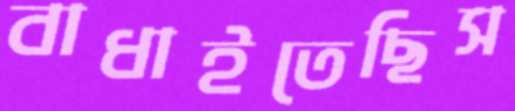
বাধাইতেছিস